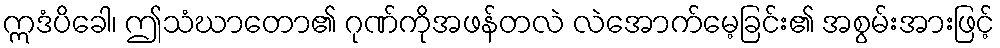
ဣဒံပိခေါ၊ ဤသံဃာတော၏ ဂုဏ်ကိုအဖန်တလဲ လဲအောက်မေ့ခြင်း၏ အစွမ်းအားဖြင့်